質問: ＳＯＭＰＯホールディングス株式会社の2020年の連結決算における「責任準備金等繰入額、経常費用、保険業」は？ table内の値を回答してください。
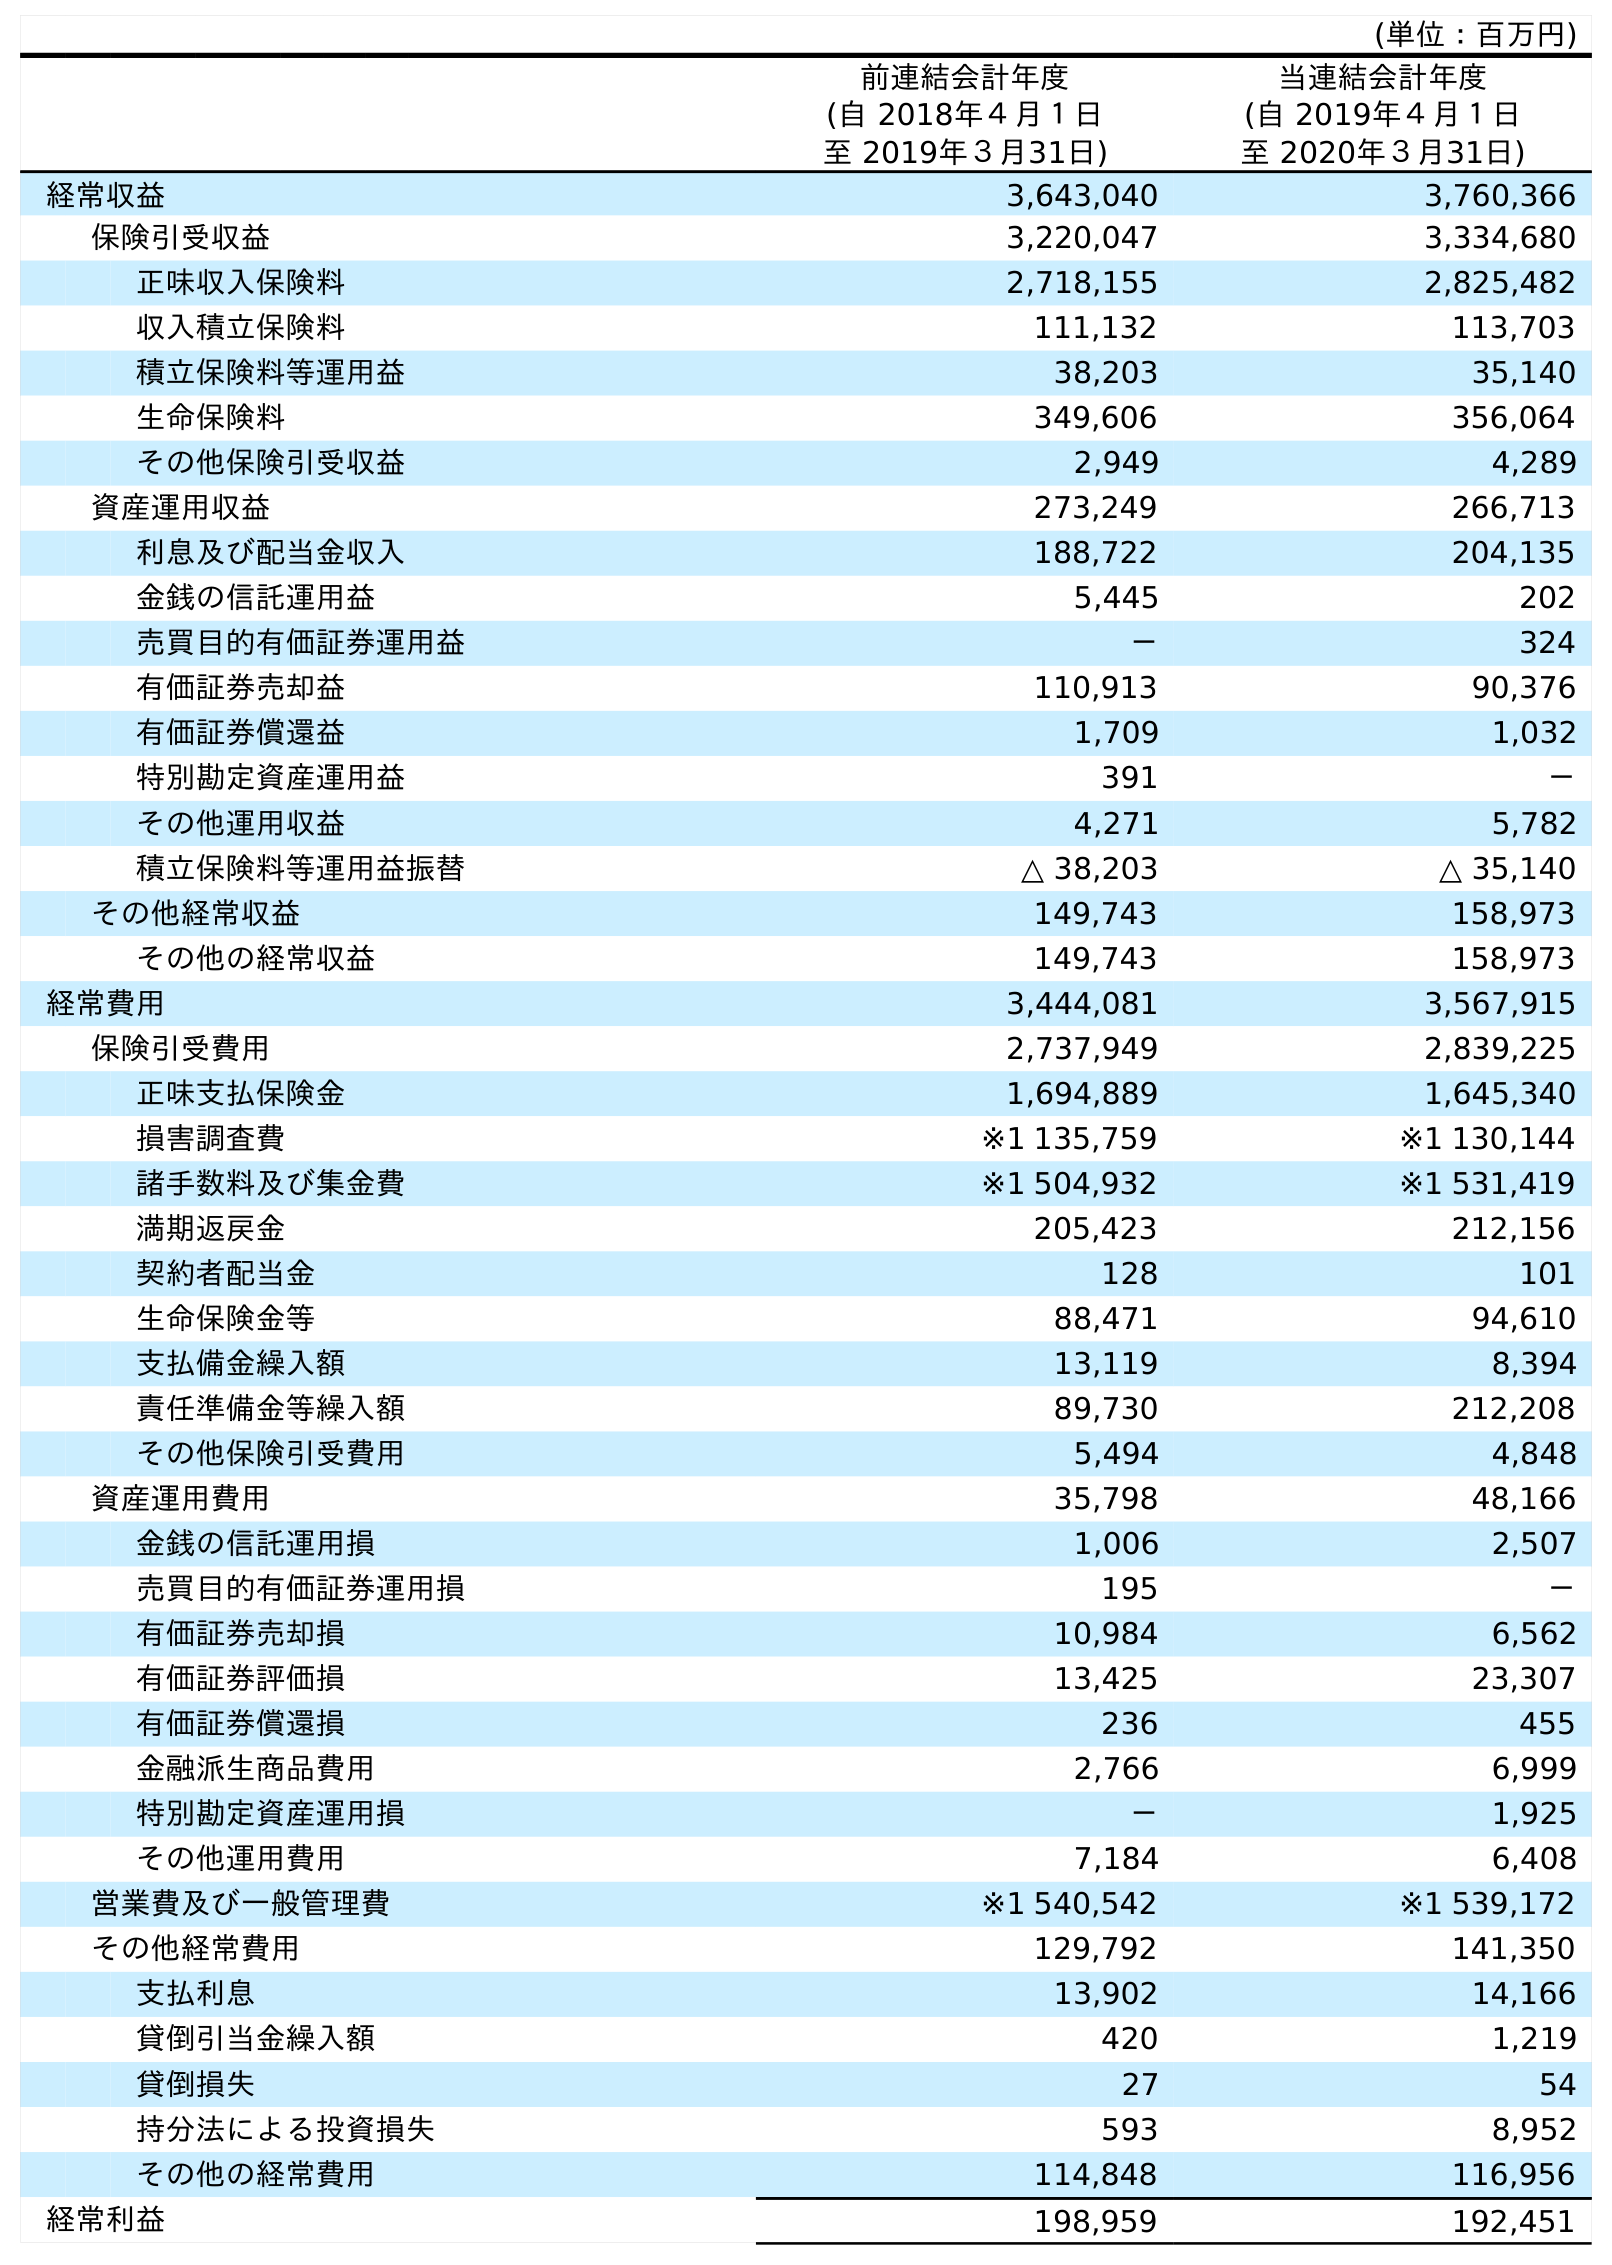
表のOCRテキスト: (単位：百万円) 前連結会計年度 (自 2018年４月１日 至 2019年３月31日) 当連結会計年度 (自 2019年４月１日 至 2020年３月31日) 経常収益 3,643,040 3,760,366 保険引受収益 3,220,047 3,334,680 正味収入保険料 2,718,155 2,825,482 収入積立保険料 111,132 113,703 積立保険料等運用益 38,203 35,140 生命保険料 349,606 356,064 その他保険引受収益 2,949 4,289 資産運用収益 273,249 266,713 利息及び配当金収入 188,722 204,135 金銭の信託運用益 5,445 202 売買目的有価証券運用益 － 324 有価証券売却益 110,913 90,376 有価証券償還益 1,709 1,032 特別勘定資産運用益 391 － その他運用収益 4,271 5,782 積立保険料等運用益振替 △ 38,203 △ 35,140 その他経常収益 149,743 158,973 その他の経常収益 149,743 158,973 経常費用 3,444,081 3,567,915 保険引受費用 2,737,949 2,839,225 正味支払保険金 1,694,889 1,645,340 損害調査費 ※1 135,759 ※1 130,144 諸手数料及び集金費 ※1 504,932 ※1 531,419 満期返戻金 205,423 212,156 契約者配当金 128 101 生命保険金等 88,471 94,610 支払備金繰入額 13,119 8,394 責任準備金等繰入額 89,730 212,208 その他保険引受費用 5,494 4,848 資産運用費用 35,798 48,166 金銭の信託運用損 1,006 2,507 売買目的有価証券運用損 195 － 有価証券売却損 10,984 6,562 有価証券評価損 13,425 23,307 有価証券償還損 236 455 金融派生商品費用 2,766 6,999 特別勘定資産運用損 － 1,925 その他運用費用 7,184 6,408 営業費及び一般管理費 ※1 540,542 ※1 539,172 その他経常費用 129,792 141,350 支払利息 13,902 14,166 貸倒引当金繰入額 420 1,219 貸倒損失 27 54 持分法による投資損失 593 8,952 その他の経常費用 114,848 116,956 経常利益 198,959 192,451
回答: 212,208